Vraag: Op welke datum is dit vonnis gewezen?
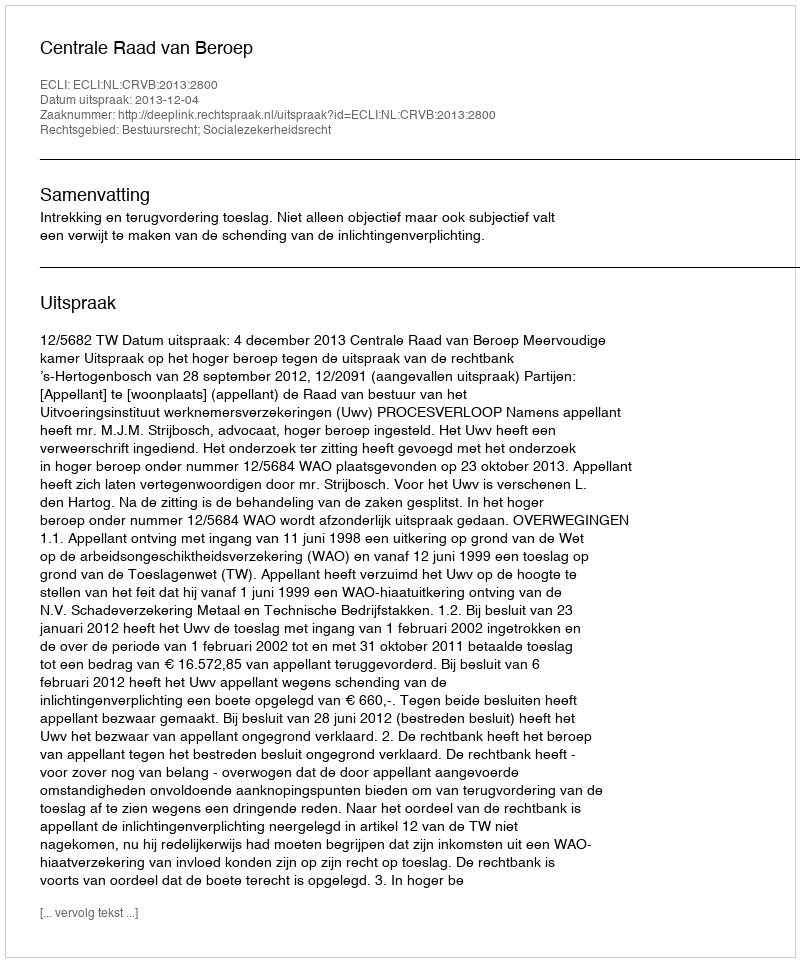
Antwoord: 2013-12-04